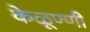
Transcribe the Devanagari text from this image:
केळूण्णी